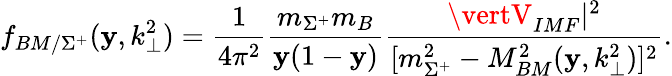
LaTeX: f_{BM/\Sigma^{+}}(\mathbf{y},k_{\perp}^{2})=\frac{{1}}{{4\pi^{2}}}\frac{{m_{\Sigma^{+}}m_{B}}}{{\mathbf{y}(1-\mathbf{y})}}\frac{{\vertV_{IMF}\vert^{2}}}{{[m_{\Sigma^{+}}^{2}-M_{BM}^{2}(\mathbf{y},k_{\perp}^{2})]^{2}}}.